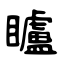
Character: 矑